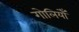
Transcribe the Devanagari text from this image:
गोलियोँ